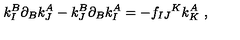
k _ { I } ^ { B } \partial _ { B } k _ { J } ^ { A } - k _ { J } ^ { B } \partial _ { B } k _ { I } ^ { A } = - f _ { I J } { } ^ { K } k _ { K } ^ { A } \ ,